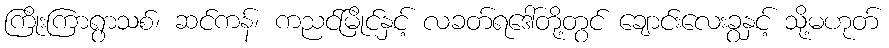
ကြိုးကြာရွာသစ်၊ ဆင်ကန်၊ ကညင်မြိုင်နှင့် လခတ်ရဒေါ်တို့တွင် ချောင်းလေးခွနှင့် သို့မဟုတ်